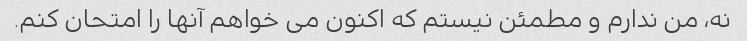
نه، من ندارم و مطمئن نیستم که اکنون می خواهم آنها را امتحان کنم.